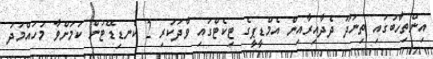
އިންތިހާބުގައި ތިނަދޫ ދެދާއިރާއިން އެމްޑީޕީގެ ޓިކެޓްގައި ވާދަކުރި 2 ކެނޑިޑޭޓުން ކަމަށްވާ މުހައްމަދު